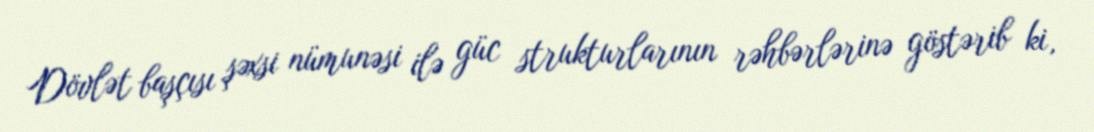
Dövlət başçısı şəxsi nümunəsi ilə güc strukturlarının rəhbərlərinə göstərib ki,